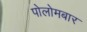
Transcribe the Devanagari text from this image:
पोलोमबार